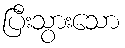
ပြီးသွားသော